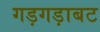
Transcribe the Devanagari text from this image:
गड़गड़ाबट